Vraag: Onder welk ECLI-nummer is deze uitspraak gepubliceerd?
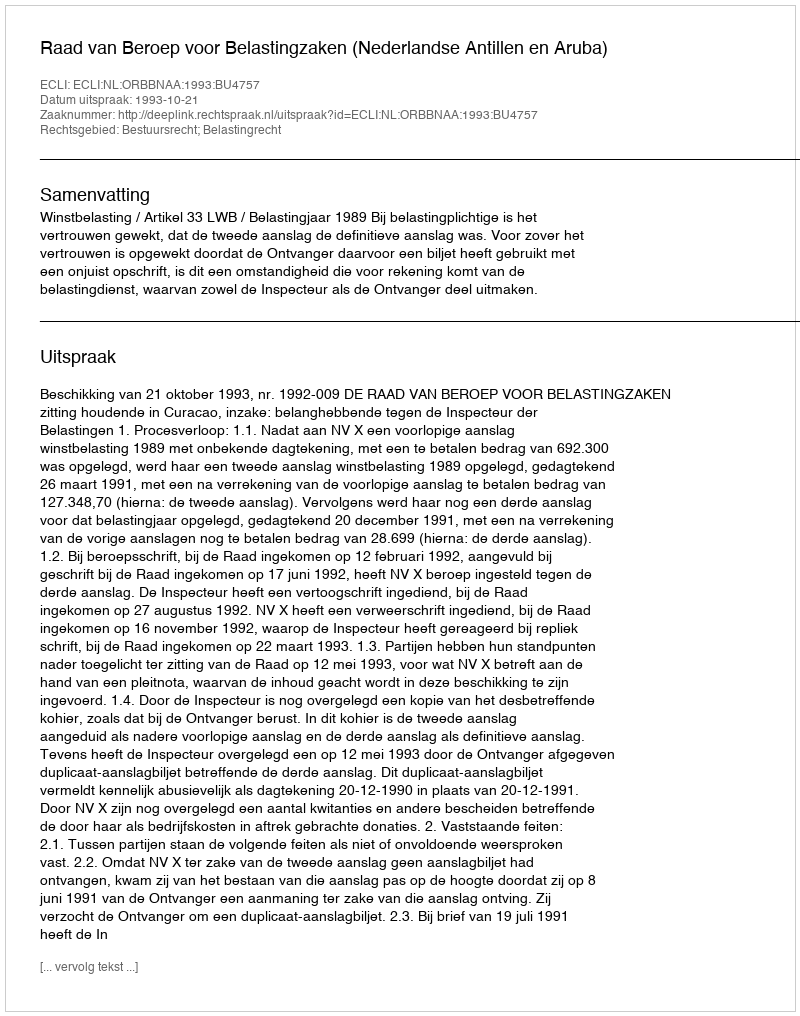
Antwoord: ECLI:NL:ORBBNAA:1993:BU4757